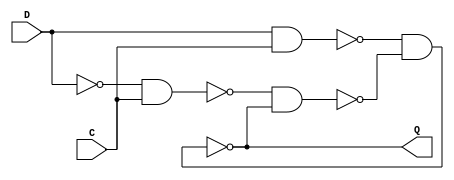
/***** D LATCH MODULE *****/

module d_latch(D,C,Q);

 input D,C;
 output Q;
 wire x,y,D1,Q1;
 nand nand1 (x,D, C),
 nand2 (y,D1,C),
 nand3 (Q,x,Q1),
 nand4 (Q1,y,Q);
 not not1 (D1,D);
 
endmodule